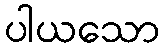
ပါယသော